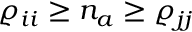
{ \varrho _ { i i } \ge n _ { a } \ge \varrho _ { j j } }